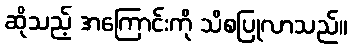
ဆိုသည့် အကြောင်းကို သိစပြုလာသည်။